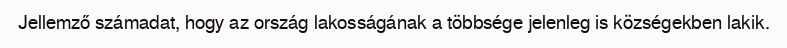
Jellemző számadat, hogy az ország lakosságának a többsége jelenleg is községekben lakik.